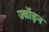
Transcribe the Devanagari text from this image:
ज्‍वॉइन